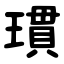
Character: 瑻